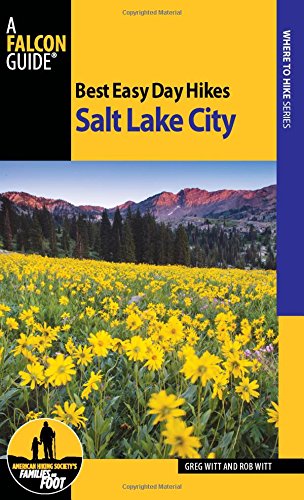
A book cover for Best Easy Day Hikes Salt Lake City (Best Easy Day Hikes Series); Greg Witt; Travel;